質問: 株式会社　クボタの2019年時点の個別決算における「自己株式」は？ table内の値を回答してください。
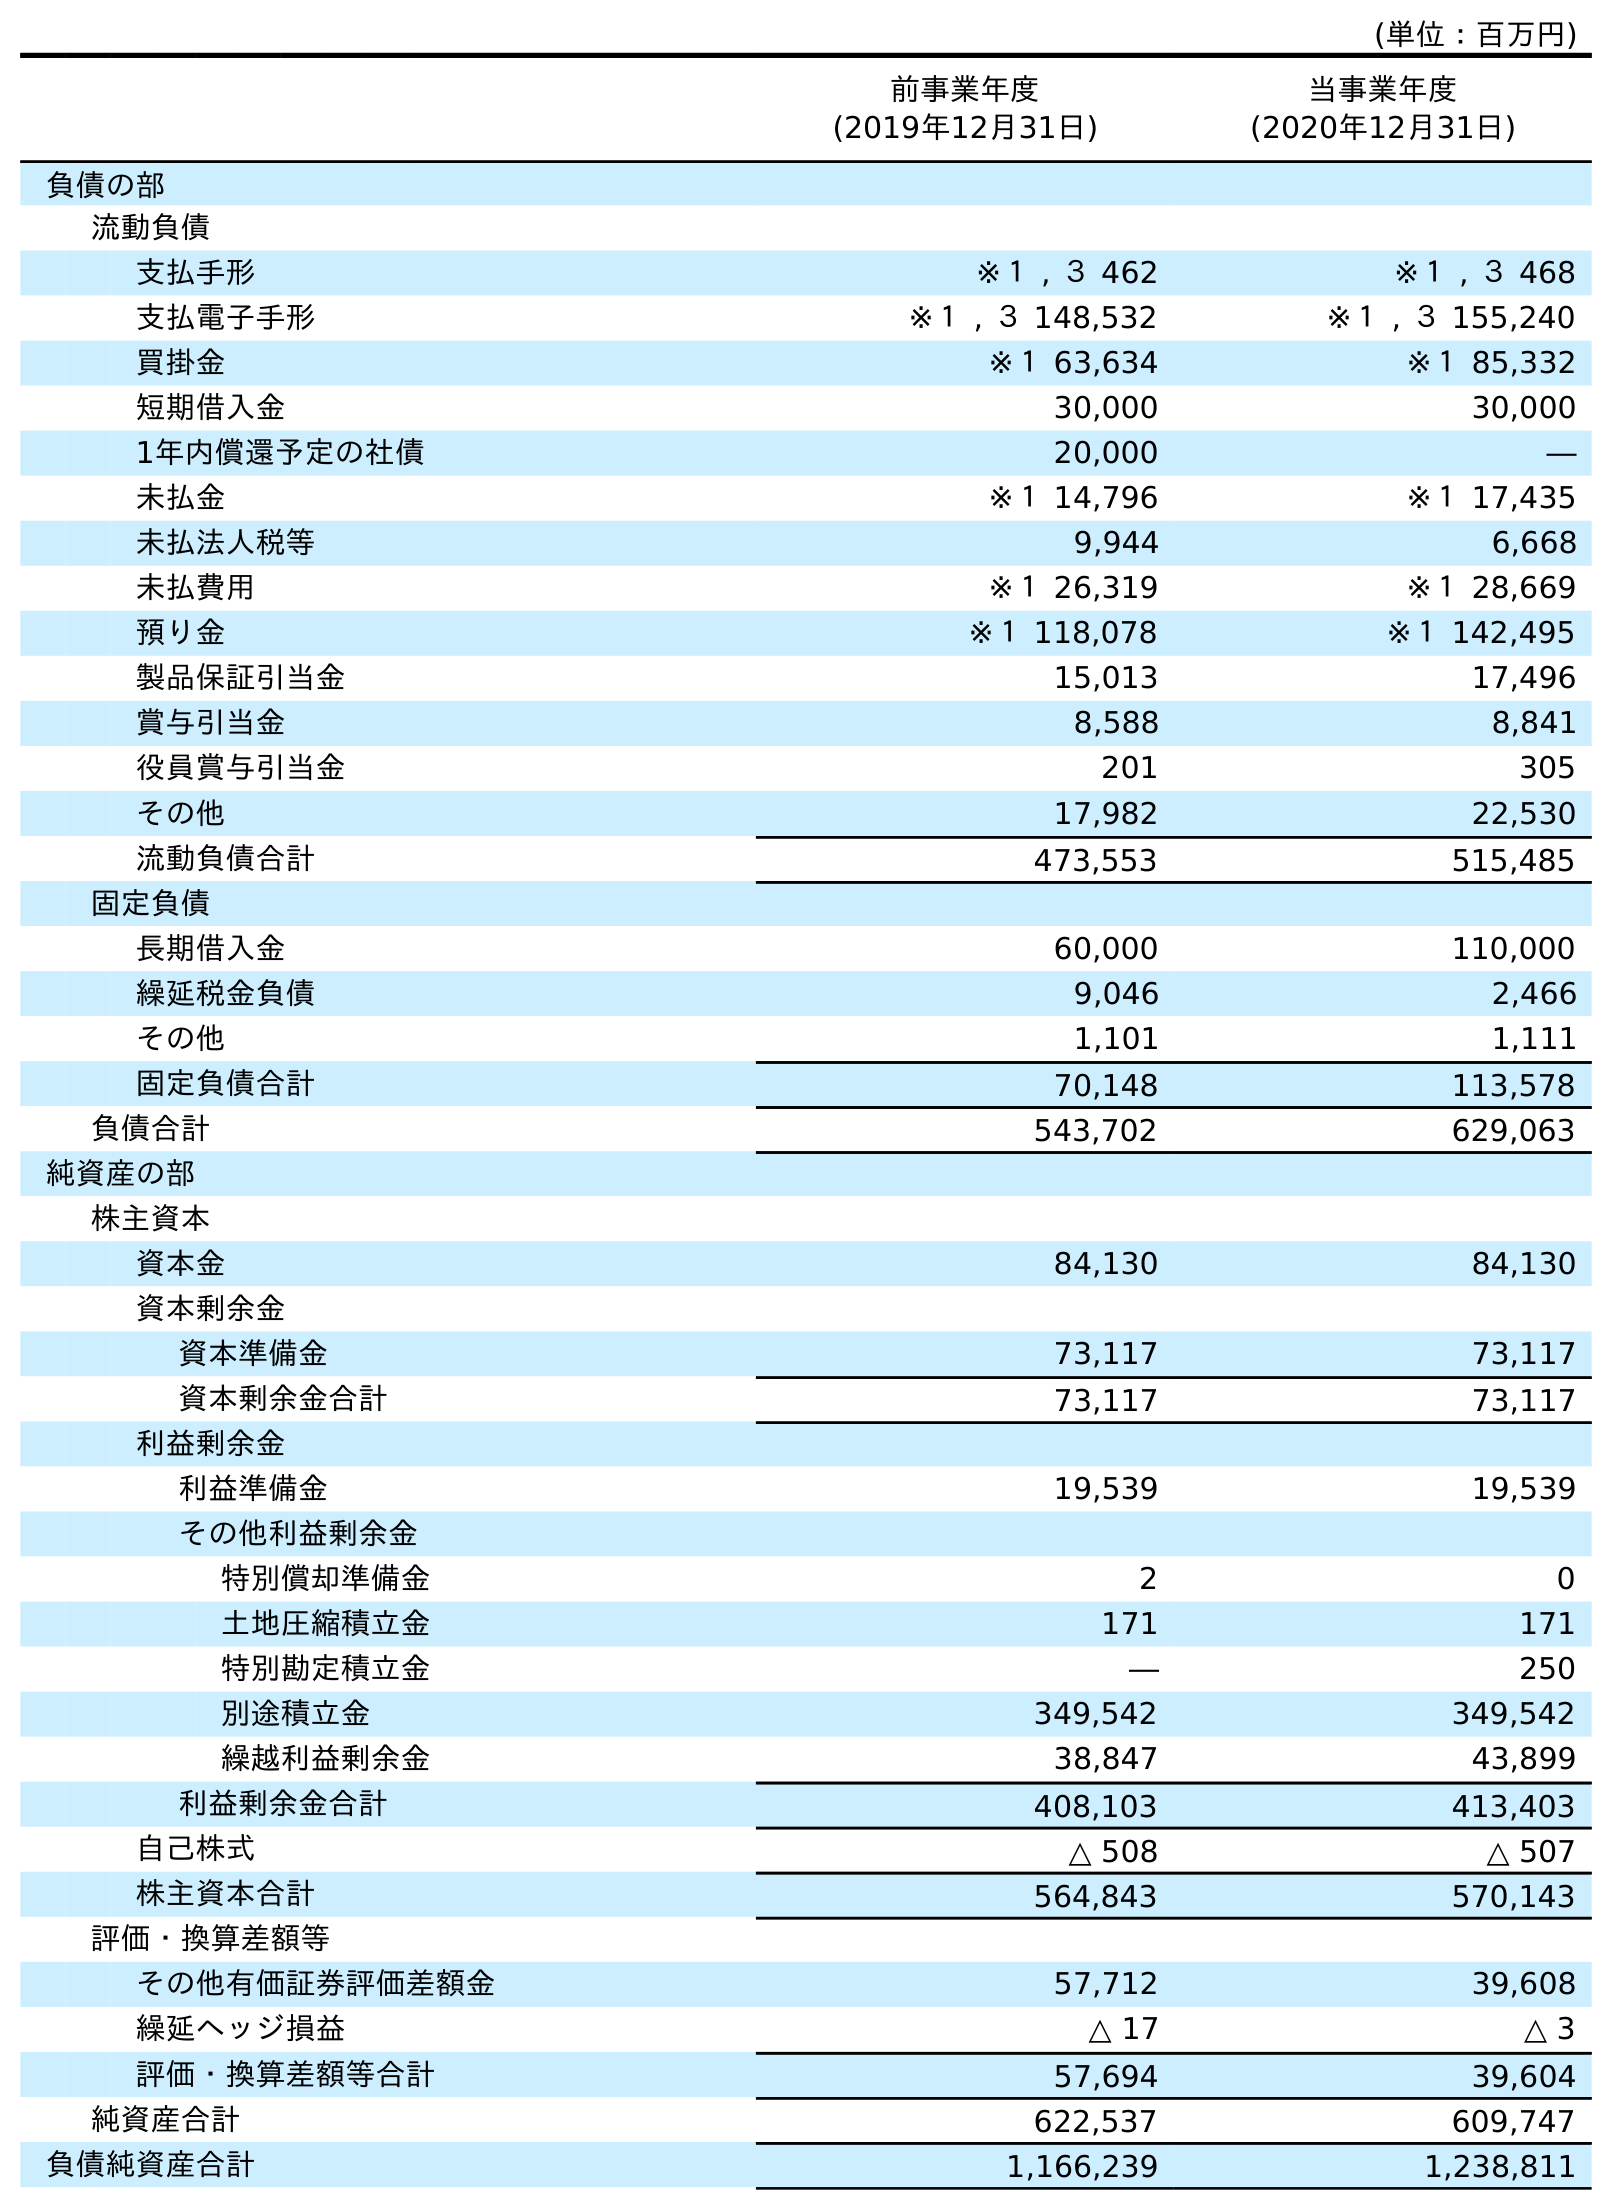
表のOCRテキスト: (単位：百万円) 前事業年度 (2019年12月31日) 当事業年度 (2020年12月31日) 負債の部 流動負債 支払手形 ※１ , ３ 462 ※１ , ３ 468 支払電子手形 ※１ , ３ 148,532 ※１ , ３ 155,240 買掛金 ※１ 63,634 ※１ 85,332 短期借入金 30,000 30,000 1年内償還予定の社債 20,000 ― 未払金 ※１ 14,796 ※１ 17,435 未払法人税等 9,944 6,668 未払費用 ※１ 26,319 ※１ 28,669 預り金 ※１ 118,078 ※１ 142,495 製品保証引当金 15,013 17,496 賞与引当金 8,588 8,841 役員賞与引当金 201 305 その他 17,982 22,530 流動負債合計 473,553 515,485 固定負債 長期借入金 60,000 110,000 繰延税金負債 9,046 2,466 その他 1,101 1,111 固定負債合計 70,148 113,578 負債合計 543,702 629,063 純資産の部 株主資本 資本金 84,130 84,130 資本剰余金 資本準備金 73,117 73,117 資本剰余金合計 73,117 73,117 利益剰余金 利益準備金 19,539 19,539 その他利益剰余金 特別償却準備金 2 0 土地圧縮積立金 171 171 特別勘定積立金 ― 250 別途積立金 349,542 349,542 繰越利益剰余金 38,847 43,899 利益剰余金合計 408,103 413,403 自己株式 △ 508 △ 507 株主資本合計 564,843 570,143 評価・換算差額等 その他有価証券評価差額金 57,712 39,608 繰延ヘッジ損益 △ 17 △ 3 評価・換算差額等合計 57,694 39,604 純資産合計 622,537 609,747 負債純資産合計 1,166,239 1,238,811
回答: △508